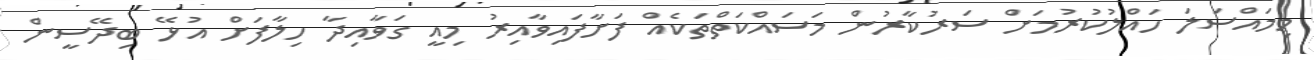
މިމައްސަލަ ހައްލުކުރުމަށް ސަރުކާރުން މަސައްކަތްތަކެއް ފަށާފައިވާއިރު މިއީ ގަވާއިދާ ހިލާފަށް އުޅޭ ބިދޭސީން